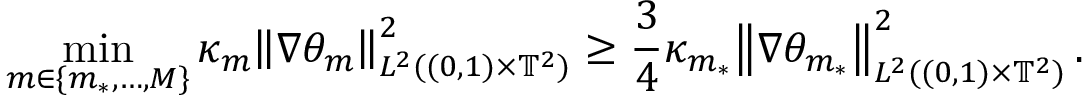
\operatorname* { m i n } _ { m \in \{ m _ { * } , \ldots , M \} } \kappa _ { m } \mathopen { } \mathclose \bgroup \left\| \nabla \theta _ { m } \aftergroup \egroup \right\| _ { L ^ { 2 } ( ( 0 , 1 ) \times \ensuremath { \mathbb { T } } ^ { 2 } ) } ^ { 2 } \geq \frac 3 4 \kappa _ { m _ { * } } \mathopen { } \mathclose \bgroup \left\| \nabla \theta _ { m _ { * } } \aftergroup \egroup \right\| _ { L ^ { 2 } ( ( 0 , 1 ) \times \ensuremath { \mathbb { T } } ^ { 2 } ) } ^ { 2 } \, .